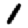
Digit: 1